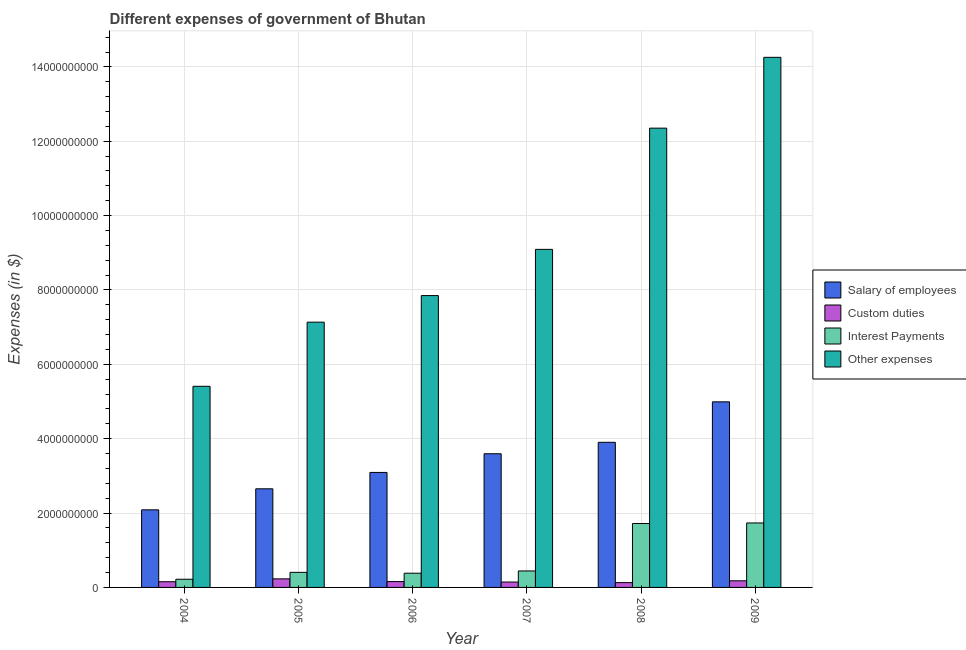
| Year | Salary of employees | Custom duties | Interest Payments | Other expenses |
 | --- | --- | --- | --- | --- |
 | 2004 | 2.09e+09 | 1.53e+08 | 2.2e+08 | 5.41e+09 |
 | 2005 | 2.65e+09 | 2.31e+08 | 4.05e+08 | 7.13e+09 |
 | 2006 | 3.09e+09 | 1.57e+08 | 3.82e+08 | 7.85e+09 |
 | 2007 | 3.6e+09 | 1.45e+08 | 4.43e+08 | 9.09e+09 |
 | 2008 | 3.9e+09 | 1.29e+08 | 1.72e+09 | 1.24e+10 |
 | 2009 | 4.99e+09 | 1.78e+08 | 1.73e+09 | 1.43e+10 |